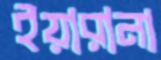
ইয়ারানা